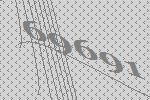
69691